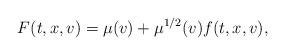
LaTeX: \begin{align*} F(t,x,v) = \mu(v) + \mu^{1/2}(v)f(t,x,v),\end{align*}